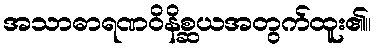
အသာဓာရဏဝိနိစ္ဆယအတွက်ထူး၏။